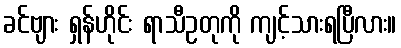
ခင်ဗျား ရှန်ဟိုင်း ရာသီဥတုကို ကျင့်သားရပြီလား။